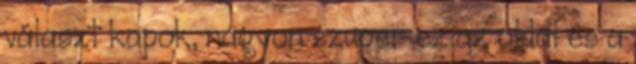
választ kapok, nagyon szuper ez az oldal és a